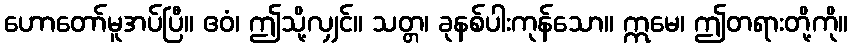
ဟောတော်မူအပ်ပြီ။ ဧဝံ၊ ဤသို့လျှင်။ သတ္တ၊ ခုနစ်ပါးကုန်သော။ ဣမေ၊ ဤတရားတို့ကို။